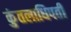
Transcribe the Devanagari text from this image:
कुंतलाधिपती